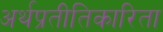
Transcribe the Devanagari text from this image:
अर्थप्रतीतिकारिता